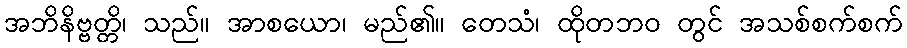
အဘိနိဗ္ဗတ္တိ၊ သည်။ အာစယော၊ မည်၏။ တေသံ၊ ထိုတဘဝ တွင် အသစ်စက်စက်